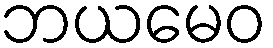
ဘယမေဝ